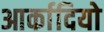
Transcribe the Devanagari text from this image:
आर्कादियो